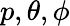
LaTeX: p,\theta,\phi